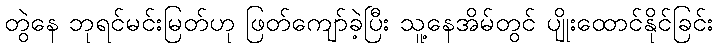
တွဲနေ ဘုရင်မင်းမြတ်ဟု ဖြတ်ကျော်ခဲ့ပြီး သူ့နေအိမ်တွင် ပျိုးထောင်နိုင်ခြင်း